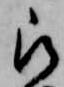
被